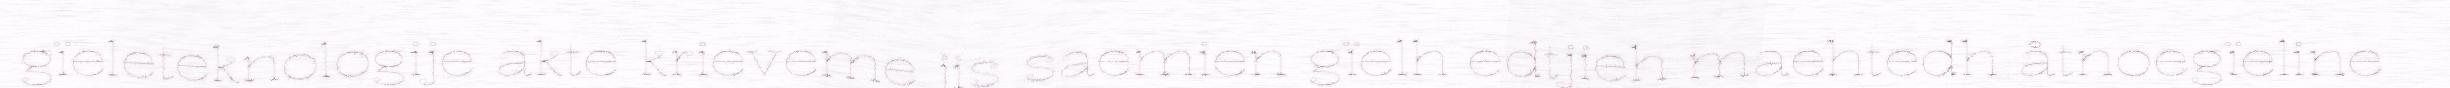
gïeleteknologije akte krieveme jis saemien gïelh edtjieh maehtedh åtnoegïeline